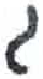
אות: ג